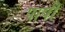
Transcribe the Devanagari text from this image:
पाषी